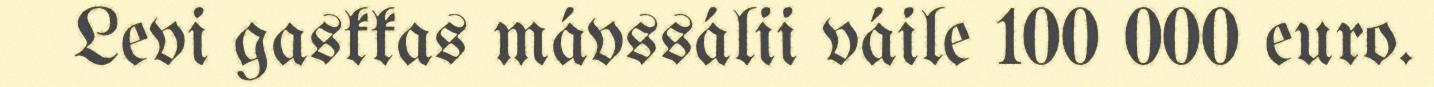
Levi gaskkas mávssálii váile 100 000 euro.